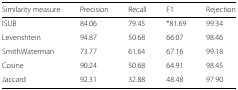
<table><thead><tr><td><b>Similarity measure</b></td><td><b>Precision</b></td><td><b>Recall</b></td><td><b>F1</b></td><td><b>Rejection</b></td></tr></thead><tbody><tr><td>ISUB</td><td>84.06</td><td>79.45</td><td>*81.69</td><td>99.34</td></tr><tr><td>Levenshtein</td><td>94.87</td><td>50.68</td><td>66.07</td><td>98.46</td></tr><tr><td>SmithWaterman</td><td>73.77</td><td>61.64</td><td>67.16</td><td>99.18</td></tr><tr><td>Cosine</td><td>90.24</td><td>50.68</td><td>64.91</td><td>98.45</td></tr><tr><td>Jaccard</td><td>92.31</td><td>32.88</td><td>48.48</td><td>97.90</td></tr></tbody></table>